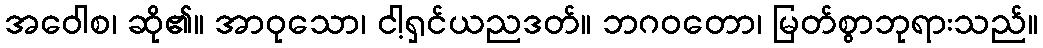
အဝေါစ၊ ဆို၏။ အာဝုသော၊ ငါ့ရှင်ယညဒတ်။ ဘဂဝတော၊ မြတ်စွာဘုရားသည်။